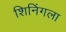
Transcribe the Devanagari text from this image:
शिनिंगला